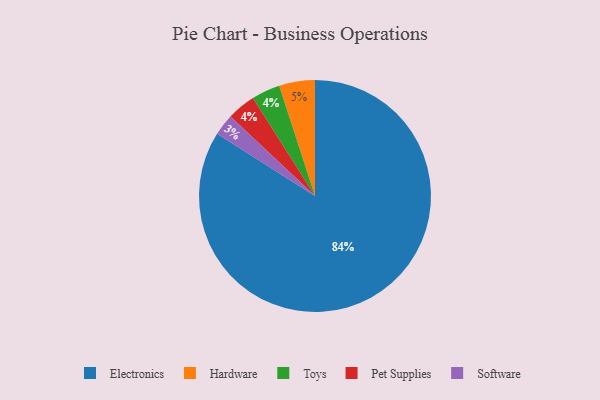
{"axis": {"x": "Category", "y": "Percentage"}, "legend": ["Electronics", "Hardware", "Pet Supplies", "Software", "Toys"], "data": [{"x": "Software", "y": 3, "type": "Software"}, {"x": "Electronics", "y": 84, "type": "Electronics"}, {"x": "Toys", "y": 4, "type": "Toys"}, {"x": "Pet Supplies", "y": 4, "type": "Pet Supplies"}, {"x": "Hardware", "y": 5, "type": "Hardware"}]}